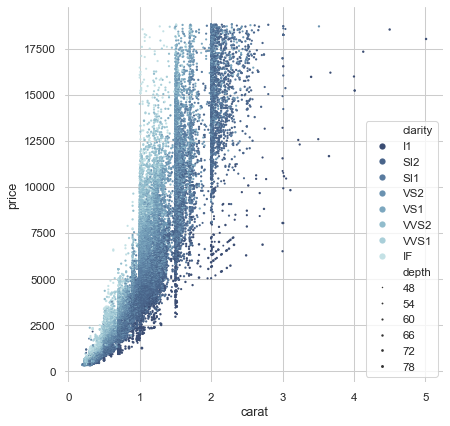
python, seaborn, despine, scatterplot